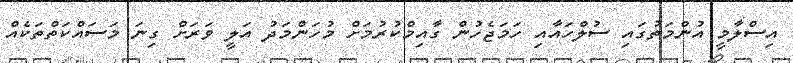
އިސްލާމީ އުންމަތުގައި ސުލްހައާއި ހަމަޖެހުން ގާއިމްކުރުމަށް މުހަންމަދު އަލީ ވަރަށް ގިނަ މަސައްކަތްތަކެއް